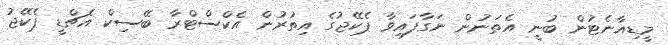
މީޑިއާނެޓުން ބުނީ އެތަނުން ނަގާފައިވާ ޕެކޭޖުގެ އިތުރުން އެކްސްޓްރާ ބޭސިކް އެޗްޑީ ޕެކޭޖު